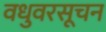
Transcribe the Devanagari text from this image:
वधुवरसूचन